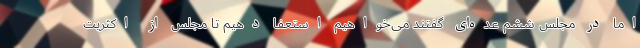
اما در مجلس ششم عده‌ای گفتند می‌خواهیم استعفا دهیم تا مجلس از اکثریت